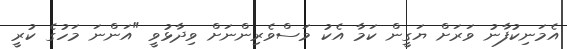
އެމަނިކުފާނު ވަރަށް ޔަގީން ކަމާ އެކު މަސްވެރިންނަށް ވިދާޅުވީ "އަންނަ މަހުގެ ކުރީ